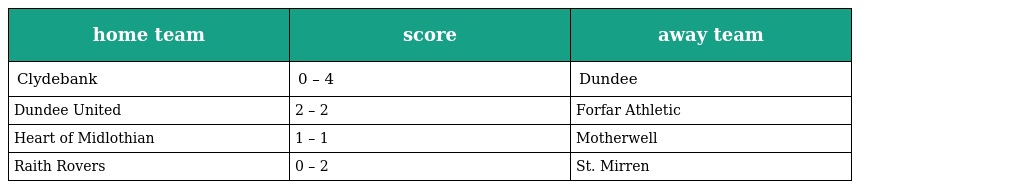
| home team | score | away team |
 | --- | --- | --- |
 | Clydebank | 0 – 4 | Dundee |
 | Dundee United | 2 – 2 | Forfar Athletic |
 | Heart of Midlothian | 1 – 1 | Motherwell |
 | Raith Rovers | 0 – 2 | St. Mirren |